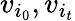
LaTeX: v_{i_{0}},v_{i_{t}}